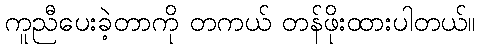
ကူညီပေးခဲ့တာကို တကယ် တန်ဖိုးထားပါတယ်။